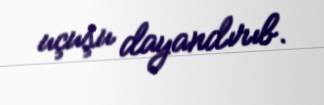
uçuşu dayandırıb.